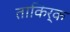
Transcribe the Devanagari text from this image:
ताकिर्क